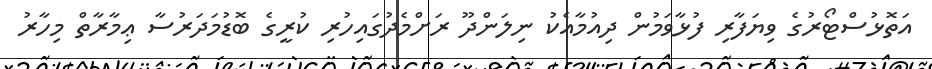
އަތޮޅުސްޓޯރުގެ ވިޔަފާރި ފުޅާވަމުން ދިއުމާއެކު ނިލަންދޫ ރަށްމެދުގައިހުރި ކުރީގެ ބޮޑުމަދަރުސާ ޢިމާރާތް މިހާރު